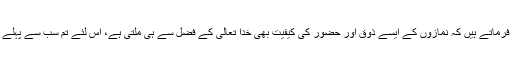
حضرت مسیح موعود علیہ الصلوۃ والسلام فرماتے ہیں کہ نمازوں کے ایسے ذوق اور حضور کی کیفیت بھی خدا تعالیٰ کے فضل سے ہی ملتی ہے، اس لئے تم سب سے پہلے یہی دعا خدا تعالیٰ سے کرو کہ: ’’اے اللہ!